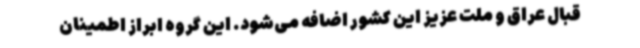
قبال عراق و ملت عزیز این کشور اضافه می‌شود. این گروه ابراز اطمینان